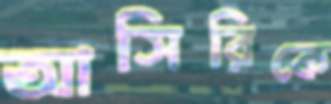
আসিরিকে